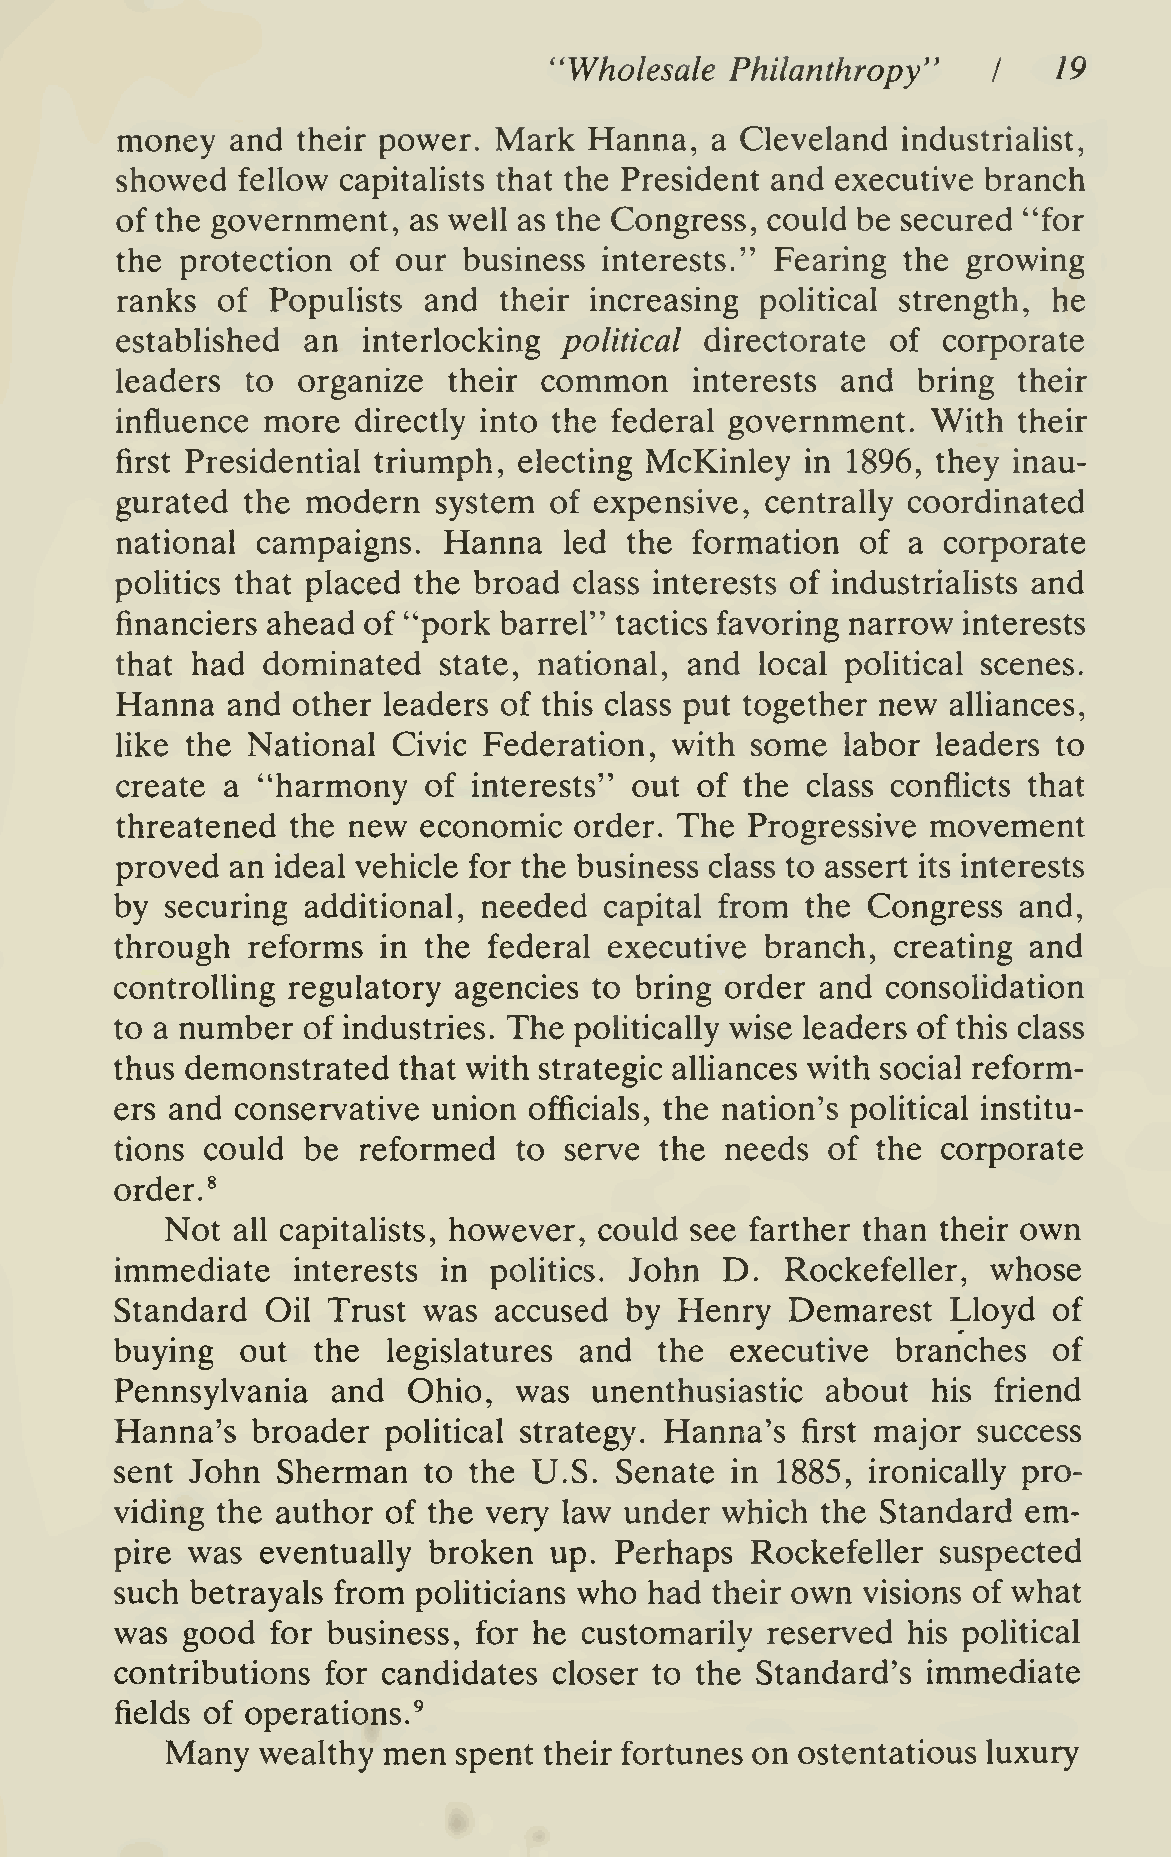
"Wholesale  Philanthropy"         19
 I
 money  and  their power. Mark  Hanna,  a Cleveland  industrialist,
 showed  fellow capitalists that the President and executive branch
 of the government, as well as the Congress, could be secured "for
 the protection of our  business interests." Fearing the growing
 ranks of  Populists and  their increasing political strength, he
 established an  interlocking political directorate of corporate
 leaders to  organize  their common    interests and  bring their
 influence more  directly into the federal government. With their
 first Presidential triumph, electing McKinley in 1896, they inau-
 gurated the modern   system of expensive,  centrally coordinated
 national campaigns.  Hanna   led  the formation  of a corporate
 politics that placed the broad class interests of industriahsts and
 financiers ahead of "pork barrel" tactics favoring narrow interests
 that had dominated   state, national, and local political scenes.
 Hanna  and other leaders of this class put together new aUiances,
 like the National Civic Federation, with  some  labor leaders to
 create a "harmony   of interests" out of the class conflicts that
 threatened the new  economic  order. The  Progressive movement
 proved an ideal vehicle for the business class to assert its interests
 by securing additional, needed  capital from the Congress  and,
 through reforms  in the federal executive  branch, creating and
 controlling regulatory agencies to bring order and consolidation
 to a number of industries. The politically wise leaders of this class
 thus demonstrated that with strategic alliances with social reform-
 ers and conservative union officials, the nation's political institu-
 tions could be  reformed  to serve  the needs  of the corporate
 order.^
 Not all capitalists, however, could see farther than their own
 immediate  interests in pohtics.  John  D.  Rockefeller,  whose
 Standard  Oil Trust was  accused by  Henry  Demarest   Lloyd  of
 buying  out  the  legislatures and  the executive  branches   of
 Pennsylvania  and  Ohio,  was  unenthusiastic  about  his friend
 Hanna's  broader political strategy. Hanna's first major success
 sent John Sherman   to the U.S.  Senate in 1885,  ironically pro-
 viding the author of the very law under which the Standard  em-
 pire was eventually broken  up.  Perhaps  Rockefeller suspected
 such betrayals from politicians who had their own visions of what
 was good  for business, for he customarily reserved his political
 contributions for candidates closer to the Standard's immediate
 fields of operations.^
 Many  wealthy men  spent their fortunes on ostentatious luxury